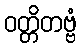
ဝတ္တိတဗ္ဗံ